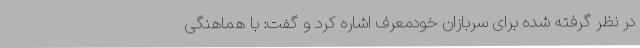
در نظر گرفته شده برای سربازان خودمعرف اشاره کرد و گفت: با هماهنگی